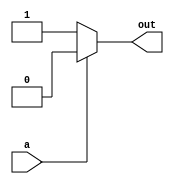
module not_gate(
    input wire a,
    output reg out
);

always @(a)
begin
    if (a == 0)
        out = 1;
    else
        out = 0;
end

endmodule